Civil Veterinary Department. Madras. Admin. report 1926-33 - 1926-1933
Year: 1926
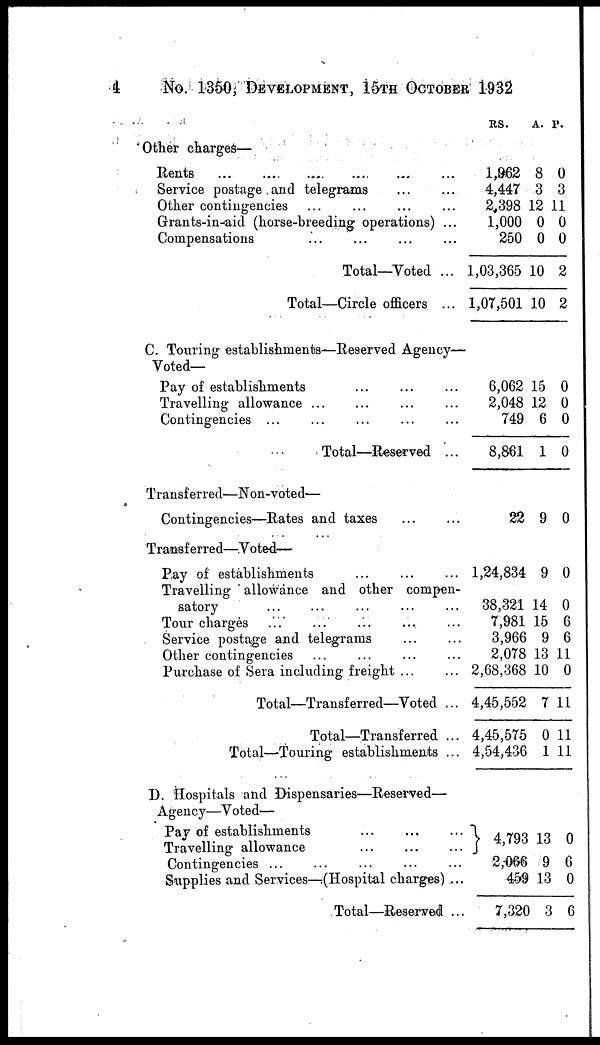
4
No. 1360, DEVELOPMENT, 15TH OCTOBER 1932
Other charges—
Rents ... ... ... ... ... ...
Service postage and telegrams ... ...
Other contingencies ... ... ... ...
Grants-in-aid (horse-breeding operations) ...
Compensations ... ... ... ...
Total—Voted ...
Total—Circle officers ...
C. Touring establishments—Reserved Agency-
Voted—
Pay of establishments ... ... ...
Travelling allowance ... ... ... ...
Contingencies ... ... ... ... ...
Total—Reserved ...
Transferred—Non-voted—
Contingencies—Rates and taxes ... ...
Transferred—Voted—
Pay of establishments
...
...
...
Travelling allowance and other compen-
satory ... ... ... ... ...
Tour charges ... ... ... ... ...
Service postage and telegrams ... ...
Other contingencies ... ... ... ...
Purchase of Sera including freight ... ...
Total—Transferred—Voted ...
Total—Transferred ...
Total—Touring establishments ...
D. Hospitals and Dispensaries—Reserved—
Agency—Voted—
Pay of establishments
...
...
...
Travelling allowance ... ... ...
Contingencies ... ... ... ... ...
Supplies and Services—(Hospital charges) ...
Total—Reserved ...
RS.
1,962
4,447
2,398
1,000
250
1,03,365
1,07,501
6,062
2,048
749
8,861
22
1,24,834
38,321
7,981
3,966
2,078
2,68,368
4,45,552
4,45,575
4,54,436
4,793
2,066
459
7,320
A.
8
3
12
0
0
10
10
15
12
6
1
9
9
14
15
9
13
10
7
0
1
13
9
13
3
P.
0
3
11
0
0
2
2
0
0
0
0
0
0
0
6
6
11
0
11
11
11
0
6
0
6